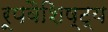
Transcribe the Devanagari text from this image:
रूपवैशिष्ट्य